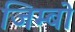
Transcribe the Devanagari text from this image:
जिम्बो